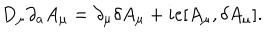
D _ { \mu } \partial _ { a } A _ { \mu } = \partial _ { \mu } \delta A _ { \mu } + i e [ A _ { \mu } , \delta A _ { \mu } ] .